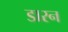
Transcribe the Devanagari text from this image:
डारन